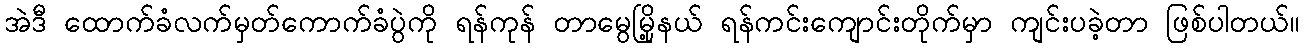
အဲဒီ ထောက်ခံလက်မှတ်ကောက်ခံပွဲကို ရန်ကုန် တာမွေမြို့နယ် ရန်ကင်းကျောင်းတိုက်မှာ ကျင်းပခဲ့တာ ဖြစ်ပါတယ်။